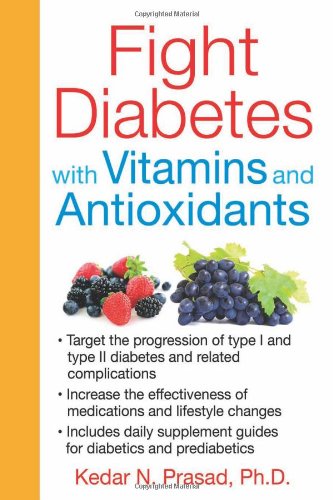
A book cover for Fight Diabetes with Vitamins and Antioxidants; Kedar N. Prasad Ph.D.; Health, Fitness & Dieting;